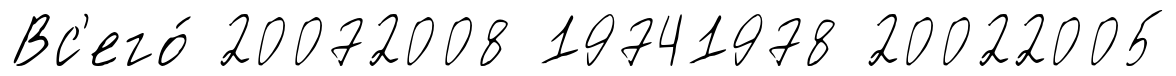
Вс'его́ 20072008 19741978 20022005